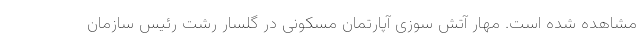
مشاهده شده است. مهار آتش سوزی آپارتمان مسکونی در گلسار رشت رئیس سازمان